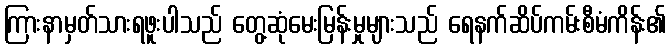
ကြားနာမှတ်သားရဖူးပါသည် တွေ့ဆုံမေးမြန်းမှုများသည် ရေနက်ဆိပ်ကမ်းစီမံကိန်း၏